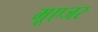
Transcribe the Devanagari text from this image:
मूएजर